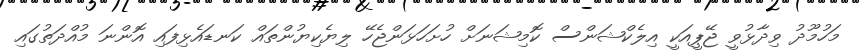
މަހުމޫދު ވިދާޅުވީ ޖޭޕީއަކީ އިލެކްޝަންސް ކޮމިޝަނަށް ހުށަހަޅަންޖެހޭ ލިޔެކިޔުންތައް ކަނޑައެޅިފައި އޮންނަ މުއްދަތުގައި